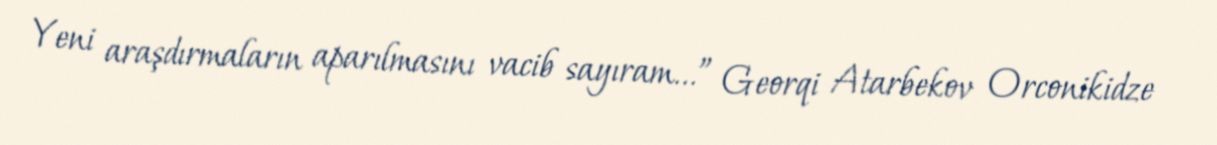
Yeni araşdırmaların aparılmasını vacib sayıram...” Georqi Atarbekov Orconikidze